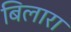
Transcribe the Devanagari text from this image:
बिलारा